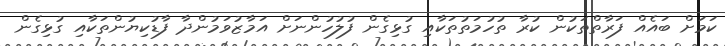
ކަމަށް ބައެއް ފަރާތްތަކުން ކުރާ ތުހުމަތުތަކާއި ގުޅިގެން ފުލުހުންނަށް އަމާޒުވަމުންދާ ފާޑުކިޔުންތަކާއި ގުޅިގެން